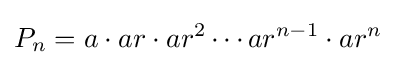
P_{n}=a\cdot ar\cdot ar^{2}\cdots ar^{n-1}\cdot ar^{n}